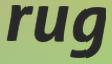
rug